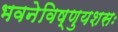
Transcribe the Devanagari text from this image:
भवनेविष्णुयशसः